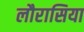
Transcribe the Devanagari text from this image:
लौरासिया